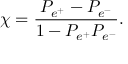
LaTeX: \chi = { \frac { P _ { e ^ { + } } - P _ { e ^ { - } } } { 1 - P _ { e ^ { + } } P _ { e ^ { - } } } } .